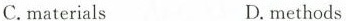
C.materials D.methods